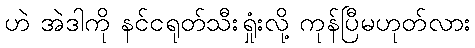
ဟဲ အဲဒါကို နင်ငရုတ်သီးရှုံးလို့ ကုန်ပြီမဟုတ်လား